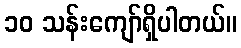
၁၀ သန်းကျော်ရှိပါတယ်။